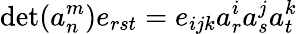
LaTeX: \operatorname*{det}(a_{n}^{m})e_{rst}=e_{ijk}a_{r}^{i}a_{s}^{j}a_{t}^{k}